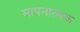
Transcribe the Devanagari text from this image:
मापनात्मक